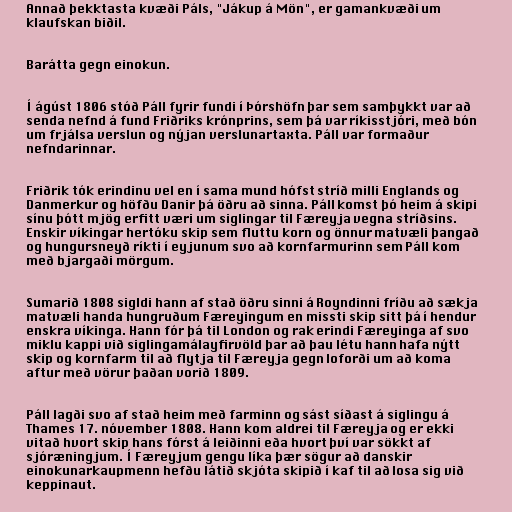
Annað þekktasta kvæði Páls, "Jákup á Mön", er gamankvæði um
klaufskan biðil.

Barátta gegn einokun.

Í ágúst 1806 stóð Páll fyrir fundi í Þórshöfn þar sem samþykkt var að
senda nefnd á fund Friðriks krónprins, sem þá var ríkisstjóri, með bón
um frjálsa verslun og nýjan verslunartaxta. Páll var formaður
nefndarinnar.

Friðrik tók erindinu vel en í sama mund hófst stríð milli Englands og
Danmerkur og höfðu Danir þá öðru að sinna. Páll komst þó heim á skipi
sínu þótt mjög erfitt væri um siglingar til Færeyja vegna stríðsins.
Enskir víkingar hertóku skip sem fluttu korn og önnur matvæli þangað
og hungursneyð ríkti í eyjunum svo að kornfarmurinn sem Páll kom
með bjargaði mörgum.

Sumarið 1808 sigldi hann af stað öðru sinni á Royndinni fríðu að sækja
matvæli handa hungruðum Færeyingum en missti skip sitt þá í hendur
enskra víkinga. Hann fór þá til London og rak erindi Færeyinga af svo
miklu kappi við siglingamálayfirvöld þar að þau létu hann hafa nýtt
skip og kornfarm til að flytja til Færeyja gegn loforði um að koma
aftur með vörur þaðan vorið 1809.

Páll lagði svo af stað heim með farminn og sást síðast á siglingu á
Thames 17. nóvember 1808. Hann kom aldrei til Færeyja og er ekki
vitað hvort skip hans fórst á leiðinni eða hvort því var sökkt af
sjóræningjum. Í Færeyjum gengu líka þær sögur að danskir
einokunarkaupmenn hefðu látið skjóta skipið í kaf til að losa sig við
keppinaut.